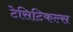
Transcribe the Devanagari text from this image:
टेसिटिकल्स